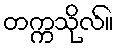
တက္ကသိုလ်။